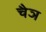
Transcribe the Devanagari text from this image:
चैञ